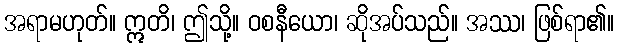
အရာမဟုတ်။ ဣတိ၊ ဤသို့။ ဝစနီယော၊ ဆိုအပ်သည်။ အဿ၊ ဖြစ်ရာ၏။